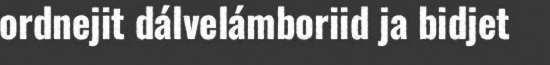
ordnejit dálvelámboriid ja bidjet